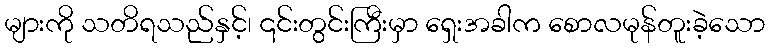
များကို သတိရသည်နှင့်၊ ၎င်းတွင်းကြီးမှာ ရှေးအခါက စောလမုန်တူးခဲ့သော